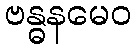
ဗန္ဓနမေဝ